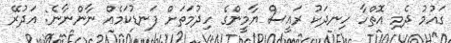
ގައުމު ދެމި އޮތްހާ ހިނދަކު ރައީސް ޔާމީންގެ ހިދުމަތަށް ފަނޑުކަމެއް ނާންނާނެ: އަދުރޭ